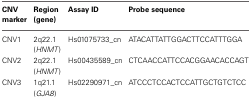
<table><thead><tr><td><b>CNV marker</b></td><td><b>Region (gene)</b></td><td><b>Assay ID</b></td><td><b>Probe sequence</b></td></tr></thead><tbody><tr><td>CNV1</td><td>2q22.1 (<i>HNMT</i>)</td><td>Hs01075733_cn</td><td>ATACATTATTGGACTTCCATTTGGA</td></tr><tr><td>CNV2</td><td>2q22.1 (<i>HNMT</i>)</td><td>Hs00435589_cn</td><td>CTCAACCATTCCACGGAACACCAGT</td></tr><tr><td>CNV3</td><td>1q21.1 (<i>GJA8</i>)</td><td>Hs02290971_cn</td><td>ATCCCTCCACTCCATTGCTGTCTCC</td></tr></tbody></table>